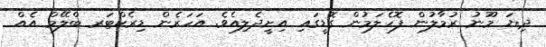
ދިޔަ މޫނު ރުމާލުން ފޮހެލަމުން ގޮޑީގައި އިށީދެލިއެވެ. އަހަރެން ޑިރެކްޓަރ ބްލޭމް އެއް